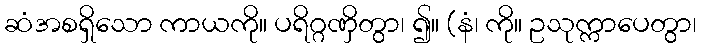
ဆံအစရှိသော ကာယကို။ ပရိဂ္ဂဏှိတွာ၊ ၍။ (နံ၊ ကို။ ဥသုက္ကာပေတွာ၊